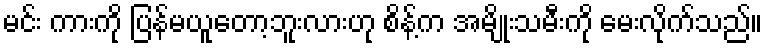
မင်း ကားကို ပြန်မယူတော့ဘူးလားဟု စိန့်က အမျိုးသမီးကို မေးလိုက်သည်။